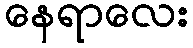
နေရာလေး